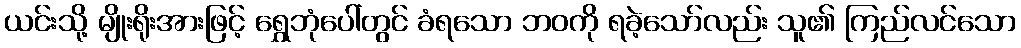
ယင်းသို့ မျိုးရိုးအားဖြင့် ရွှေဘုံပေါ်တွင် ခံရသော ဘဝကို ရခဲ့သော်လည်း သူ၏ ကြည်လင်သော